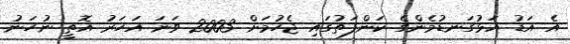
އެ އަޑު އަޅުގަނޑުމެންގެ ކަންފަތުގައި ޖެހުމަށް 2003 ވަނަ އަހަރު އޮތީ ނުހަނު